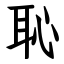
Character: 恥